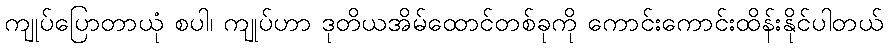
ကျုပ်ပြောတာယုံ စပါ၊ ကျုပ်ဟာ ဒုတိယအိမ်ထောင်တစ်ခုကို ကောင်းကောင်းထိန်းနိုင်ပါတယ်